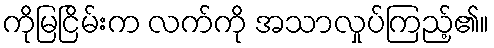
ကိုမြငြိမ်းက လက်ကို အသာလှုပ်ကြည့်၏။